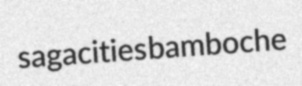
sagacities bamboche